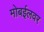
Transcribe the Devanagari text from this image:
मोबईलवर